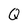
Character: Q